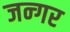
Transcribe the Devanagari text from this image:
जन्गर